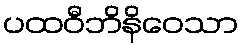
ပထဝီဘိနိဝေသာ